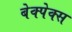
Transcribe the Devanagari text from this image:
बेक्पेक्स